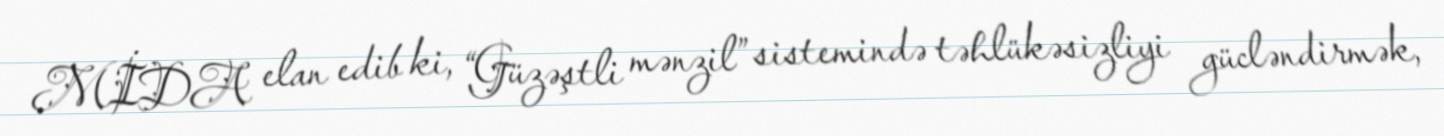
MİDA elan edib ki, “Güzəştli mənzil” sistemində təhlükəsizliyi gücləndirmək,